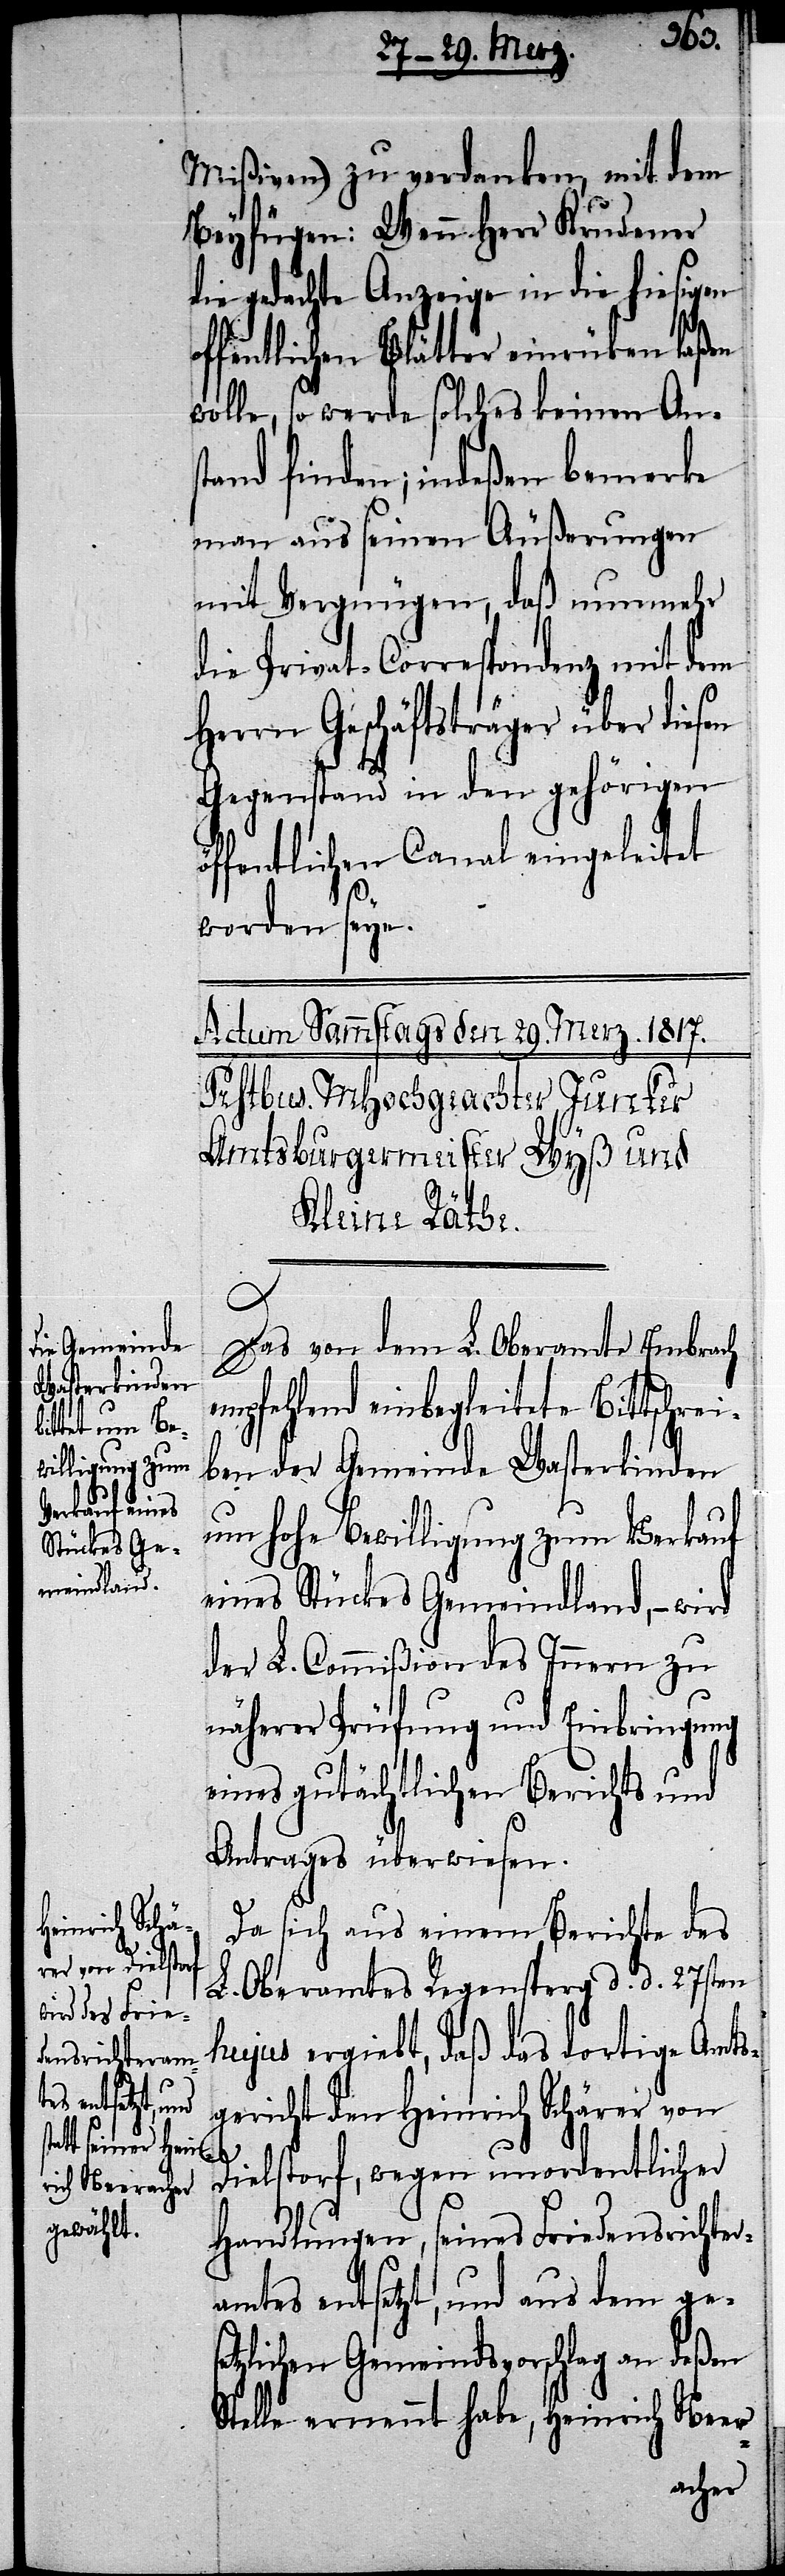
S¬
Mißiven) zu verdanken, mit dem
Beyfügen: Wenn Herr Krudener
die gedachte Anzeige in die hiesigen
offentlichen Blätter einrü[c]ken
wolle, so werde solches keinen Ans¬
tand finden; indeßen bemerke
man aus seinen Äußerungen
mit Vergnüngen, daß nunmehr
die Privat-Correspondenz mit dem
Herrn Geschäftsträger über diesen
Gegenstand in den gehörigen
ffentlichen Canal eingeleitet
worden seye.
Das von dem L. Oberamte Embrach
empfehlend einbegleitete Bittschrei¬
ben der Gemeinde Wasterkinden
um hohe Bewilligung zum Verkauf
eines Stückes Gemeindland, – wird
der L. Commißion des Innern zu
näherer Prüfung und Einbringung
eines gutächtlichen Berichts und
Antrages überwiesen.
Da sich aus einem Berichte des
L. Oberamtes Regensperg d. d. 27sten
hujus ergiebt, daß das dortige Amts¬
gericht den Heinrich Schärer von
Dielstorf, wegen unordentlicher
Handlungen, seines Friedensrichter¬
amtes entsetzt, und aus dem ges¬
etzlichen Gemeindsvorschlag an deßen
telle ernennt habe, Heinrich Neer-